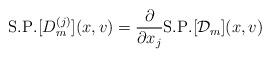
LaTeX: \begin{align*}\mathrm{S. P.}[D_{m}^{(j)}](x,v)=\frac{\partial}{\partial x_{j}}\mathrm{S. P.}[\mathcal{D}_{m}](x,v)\end{align*}